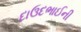
દાઉદભાઈની